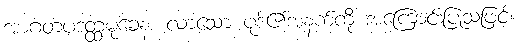
အာဂတပဒတ္ထမုခေန၊ လာသော ပုဒ်၏အနက်ကို အကြောင်းပြုသဖြင့်။